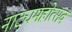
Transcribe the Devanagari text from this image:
नाट्यमहोत्सव